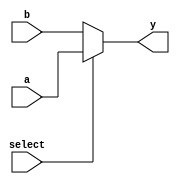
module conditional_assignment (
    input wire a,               // Input signal a
    input wire b,               // Input signal b
    input wire select,          // Control signal to choose output
    output wire y               // Output signal
);

    // Conditional continuous assignment using ternary operator
    assign y = (select) ? a : b; // If select is true, y gets the value of a; otherwise, y gets the value of b

endmodule